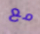
مع